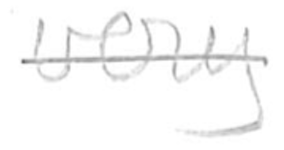
Text: very
Cross-out: single-line
Writing tool: pencil